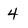
Character: 4